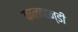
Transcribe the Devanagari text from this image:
कालाहन्डी